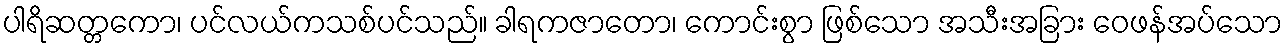
ပါရိဆတ္တကော၊ ပင်လယ်ကသစ်ပင်သည်။ ခါရကဇာတော၊ ကောင်းစွာ ဖြစ်သော အသီးအခြား ဝေဖန်အပ်သော